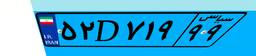
۵۲D۷۱۹۹۹